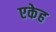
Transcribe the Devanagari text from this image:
एकेह